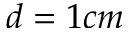
d = 1 c m